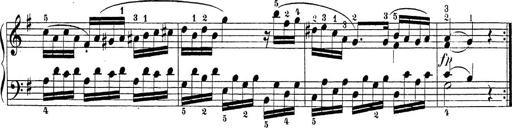
Title: Sonatina Album
Composer: Louis KÃ¶hler